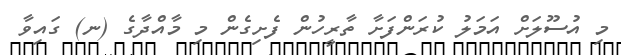
މި އުސޫލަށް އަމަލު ކުރަންފަށާ ތާރީހުން ފެށިގެން މި މާއްދާގެ (ނ) ގައިވާ